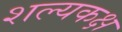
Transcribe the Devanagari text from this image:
शल्यकक्ष